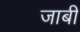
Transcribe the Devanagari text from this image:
जाबी